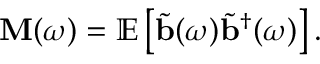
\mathbf { M } ( \omega ) = \mathbb { E } \left[ \tilde { \mathbf { b } } ( \omega ) \tilde { \mathbf { b } } ^ { \dagger } ( \omega ) \right] .